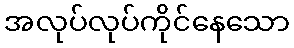
အလုပ်လုပ်ကိုင်နေသော